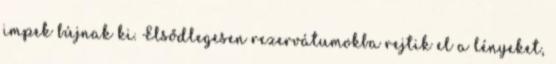
impek bújnak ki. Elsődlegesen rezervátumokba rejtik el a lényeket,